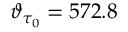
\vartheta _ { \tau _ { 0 } } = 5 7 2 . 8